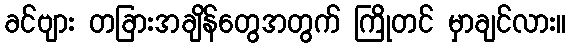
ခင်ဗျား တခြားအချိန်တွေအတွက် ကြိုတင် မှာချင်လား။